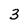
Character: 3